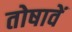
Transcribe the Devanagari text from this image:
तोषावें